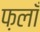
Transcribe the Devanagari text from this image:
फ़लाँ